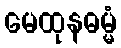
မေထုနဓမ္မံ